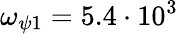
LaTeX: \omega_{\psi 1}=5.4\cdot 10^{3}